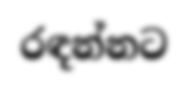
රඳන්නට